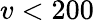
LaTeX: v<200